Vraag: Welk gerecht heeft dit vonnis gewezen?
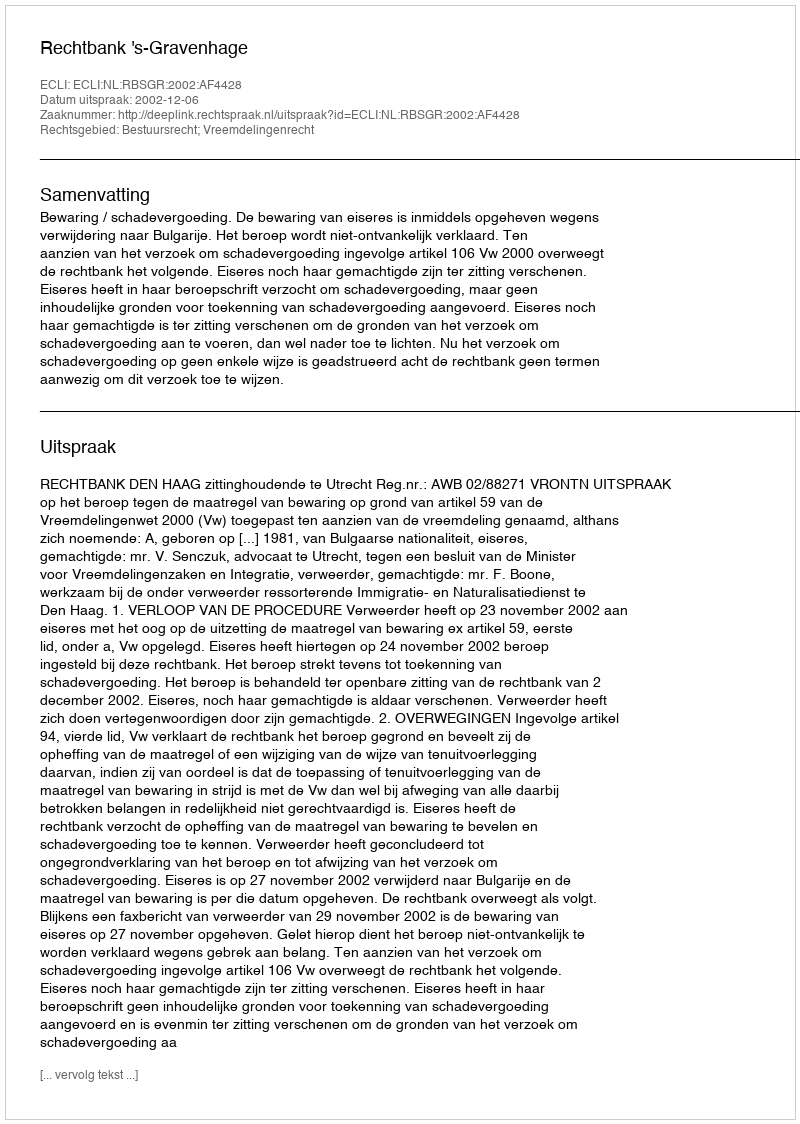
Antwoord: Rechtbank 's-Gravenhage